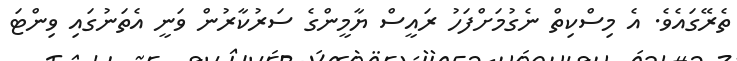
ތެރޭގައެވެ. އެ މިސްކިތް ނެގުމަށްފަހު ރައީސް ޔާމީންގެ ސަރުކާރުން ވަނީ އެތަނުގައި ވިންޓަ